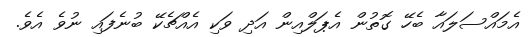
އެމައްސަލައާ ބެހޭ ގޮތުން އެޕަލްއިން އަދި ވަކި އެއްޗެކޭ ބުނެފައި ނުވެ އެވެ.